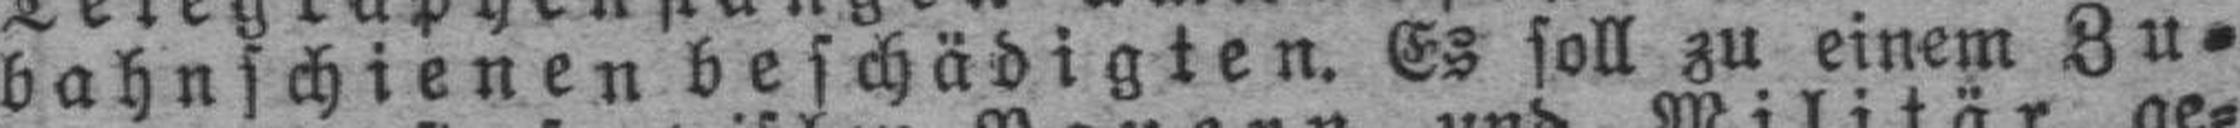
bahnschienen beschädigten. Es soll zu einem Zu¬